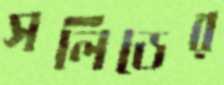
সলিডের